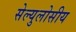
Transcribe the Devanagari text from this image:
सेल्युलोसीय